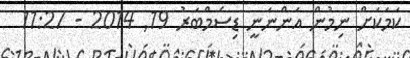
ކަމަކަށް ނިމުން އަންނަނީ ޑިސެމްބަރު 19